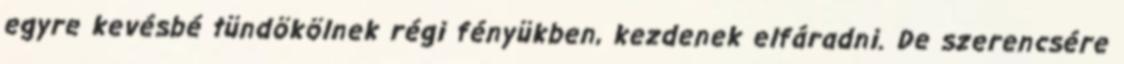
egyre kevésbé tündökölnek régi fényükben, kezdenek elfáradni. De szerencsére